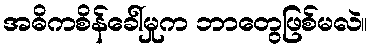
အဓိကစိန်ခေါ်မှုက ဘာတွေဖြစ်မလဲ။